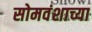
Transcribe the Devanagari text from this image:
सोमवंशाच्या